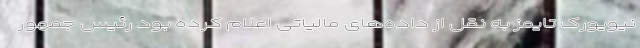
نیویورک تایمز به نقل از داده‌های مالیاتی اعلام کرده بود رئیس جمهور